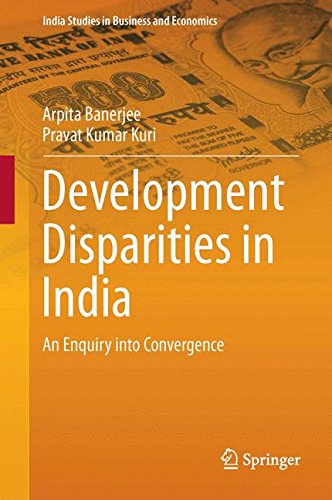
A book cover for Development Disparities in India: An Enquiry into Convergence (India Studies in Business and Economics); Arpita Banerjee; Business & Money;